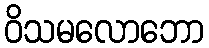
ဝိသမလောဘော